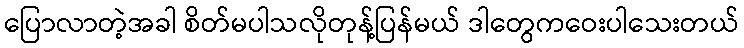
ပြောလာတဲ့အခါ စိတ်မပါသလိုတုန့်ပြန်မယ် ဒါတွေကဝေးပါသေးတယ်